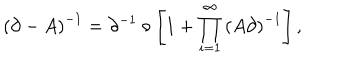
\left( \partial - A \right) ^ { - 1 } = \partial ^ { - 1 } \circ \left[ 1 + \prod _ { i = 1 } ^ { \infty } \left( A \partial \right) ^ { - 1 } \right] ,